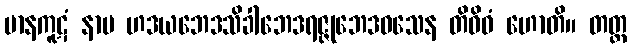
မာနကူဋံ နာမ ဟဒယဘေဒသိခါဘေဒရဇ္ဇုဘေဒဝသေန တိဝိဓံ ဟောတိ။ တတ္ထ